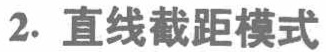
2. 直线截距模式